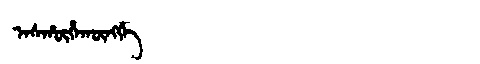
Manchu: ᠠᠰᡥᡡᡥᠠᡴᡡᠩᡤᡝ
Romanization: ASHŪHAKŪNGGE